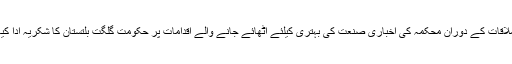
ملاقات کے دوران محکمہ کی اخباری صنعت کی بہتری کیلئے اٹھائے جانے والے اقدامات پر حکومت گلگت بلتستان کا شکریہ ادا کیا۔